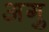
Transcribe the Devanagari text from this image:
अगु